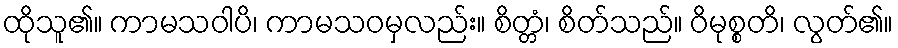
ထိုသူ၏။ ကာမသဝါပိ၊ ကာမသဝမှလည်း။ စိတ္တံ၊ စိတ်သည်။ ဝိမုစ္စတိ၊ လွတ်၏။